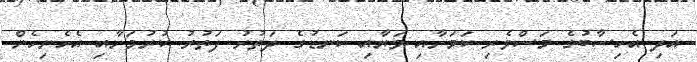
އަދި އެހިސާބުގެ މަސްވެރި ކަމަށާއި ވަޔާއި ކަނޑުގެ ދަތުރު ފަތުރު ކުރުމަށާއި އެހެނިހެން